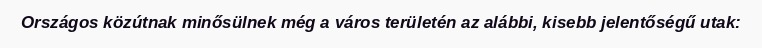
Országos közútnak minősülnek még a város területén az alábbi, kisebb jelentőségű utak: